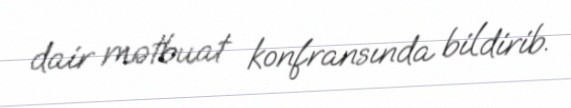
dair mətbuat konfransında bildirib.